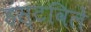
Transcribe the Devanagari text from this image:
हंस्टविले